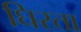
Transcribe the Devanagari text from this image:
घिरता